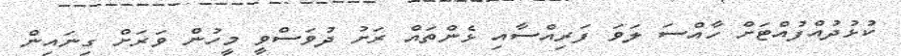
ކުޅުދުއްފުއްޓަށް ހާއްސަ ލަވަ ފަރިއްސާއި ޅެންތައް ރަށު ދުވަސްވީ މީހުން ވަރަށް ގިނައިން